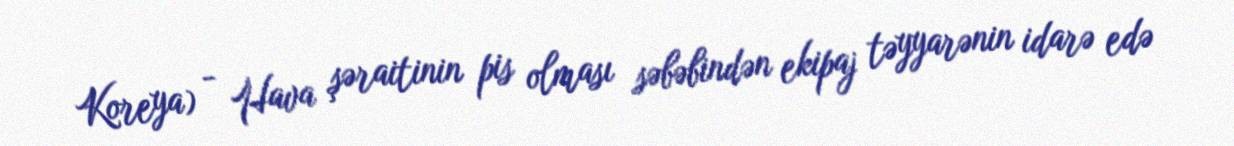
Koreya) - Hava şəraitinin pis olması səbəbindən ekipaj təyyarənin idarə edə